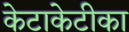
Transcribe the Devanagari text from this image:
केटाकेटीका